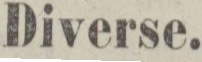
Diverse.